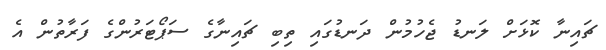
ޗައިނާ ކޮޅަށް ލަނޑު ޖެހުމުން ދަނޑުގައި ތިބި ޗައިނާގެ ސަޕޯޓަރުންގެ ފަރާތުން އެ